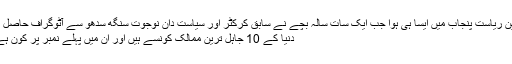
انڈین ریاست پنجاب میں ایسا ہی ہوا جب ایک سات سالہ بچے نے سابق کرکٹر اور سیاست دان نوجوت سنگھ سدھو سے آٹوگراف حاصل …
دنیا کے 10 جاہل ترین ممالک کونسے ہیں اور ان میں پہلے نمبر پر کون ہے ؟